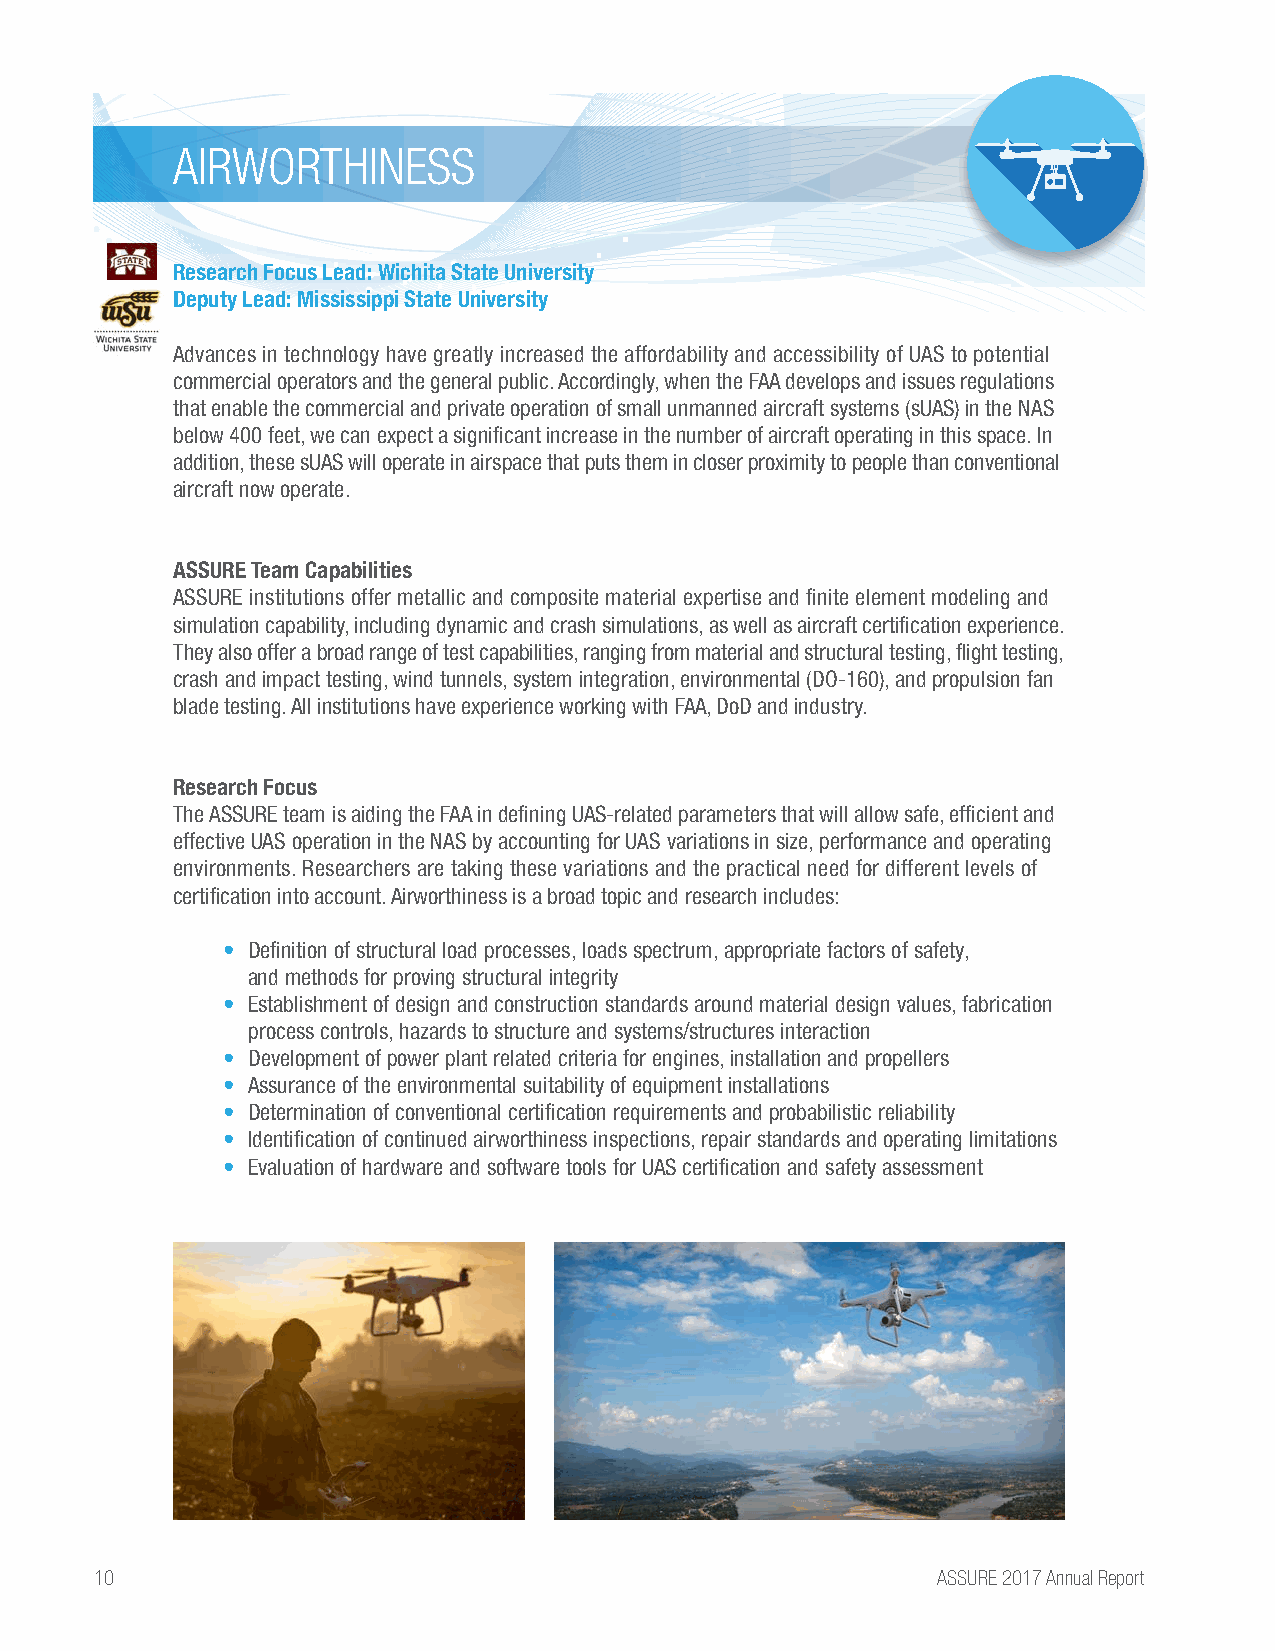
AIRWORTHINESS
 Research Focus Lead: Wichita State University
 Deputy Lead: Mississippi State University
 Advances in technology have greatly increased the affordability and accessibility of UAS to potential
 commercial operators and the general public. Accordingly, when the FAA develops and issues regulations
 that enable the commercial and private operation of small unmanned aircraft systems (sUAS) in the NAS
 below 400 feet, we can expect a significant increase in the number of aircraft operating in this space. In
 addition, these sUAS will operate in airspace that puts them in closer proximity to people than conventional
 aircraft now operate.
 ASSURE Team Capabilities
 ASSURE institutions offer metallic and composite material expertise and finite element modeling and
 simulation capability, including dynamic and crash simulations, as well as aircraft certification experience.
 They also offer a broad range of test capabilities, ranging from material and structural testing, flight testing,
 crash and impact testing, wind tunnels, system integration, environmental (DO-160), and propulsion fan
 blade testing. All institutions have experience working with FAA, DoD and industry.
 Research Focus
 The ASSURE team is aiding the FAA in defining UAS-related parameters that will allow safe, efficient and
 effective UAS operation in the NAS by accounting for UAS variations in size, performance and operating
 environments. Researchers are taking these variations and the practical need for different levels of
 certification into account. Airworthiness is a broad topic and research includes:
 • Definition of structural load processes, loads spectrum, appropriate factors of safety,
 and methods for proving structural integrity
 • Establishment of design and construction standards around material design values, fabrication
 process controls, hazards to structure and systems/structures interaction
 • Development of power plant related criteria for engines, installation and propellers
 • Assurance of the environmental suitability of equipment installations
 • Determination of conventional certification requirements and probabilistic reliability
 • Identification of continued airworthiness inspections, repair standards and operating limitations
 • Evaluation of hardware and software tools for UAS certification and safety assessment
 10                                                      ASSURE 2017 Annual Report